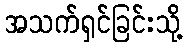
အသက်ရှင်ခြင်းသို့